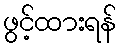
ဖွင့်ထားရန်